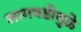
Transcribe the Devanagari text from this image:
लागवडीमुळे